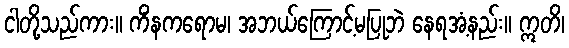
ငါတို့သည်ကား။ ကိံနကရောမ၊ အဘယ်ကြောင့်မပြုဘဲ နေရအံ့နည်း။ ဣတိ၊